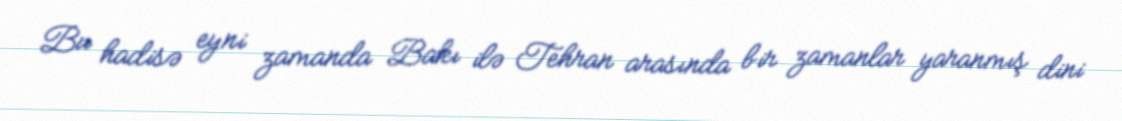
Bu hadisə eyni zamanda Bakı ilə Tehran arasında bir zamanlar yaranmış dini